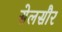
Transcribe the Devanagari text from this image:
सेलसौर